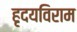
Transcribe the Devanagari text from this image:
हृदयविराम